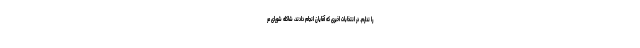
را ندارم. در انتخابات اخیری که آقایان انجام دادند، شاکله شورای مر